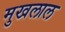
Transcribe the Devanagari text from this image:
मुखलाल